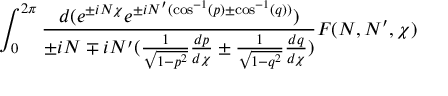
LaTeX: \int _ { 0 } ^ { 2 \pi } \frac { d ( e ^ { \pm i N \chi } e ^ { \pm i N ^ { \prime } ( \cos ^ { - 1 } ( p ) \pm \cos ^ { - 1 } ( q ) ) } ) } { \pm i N \mp i N ^ { \prime } ( \frac { 1 } { \sqrt { 1 - p ^ { 2 } } } \frac { d p } { d \chi } \pm \frac { 1 } { \sqrt { 1 - q ^ { 2 } } } \frac { d q } { d \chi } ) } F ( N , N ^ { \prime } , \chi )